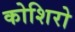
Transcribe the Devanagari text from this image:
कोशिरो